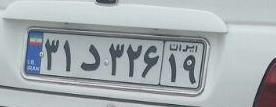
۳۱د۳۲۶۱۹